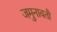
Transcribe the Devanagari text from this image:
जमुनावतौ